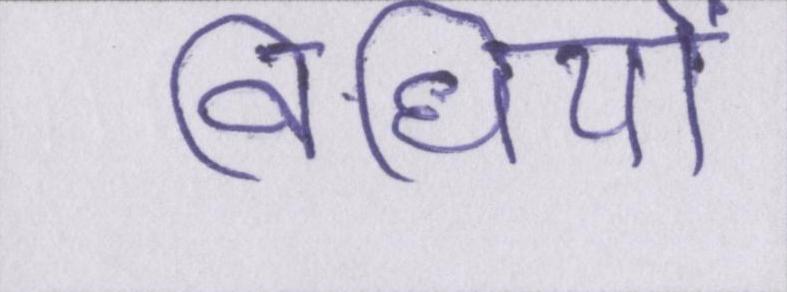
विधियों